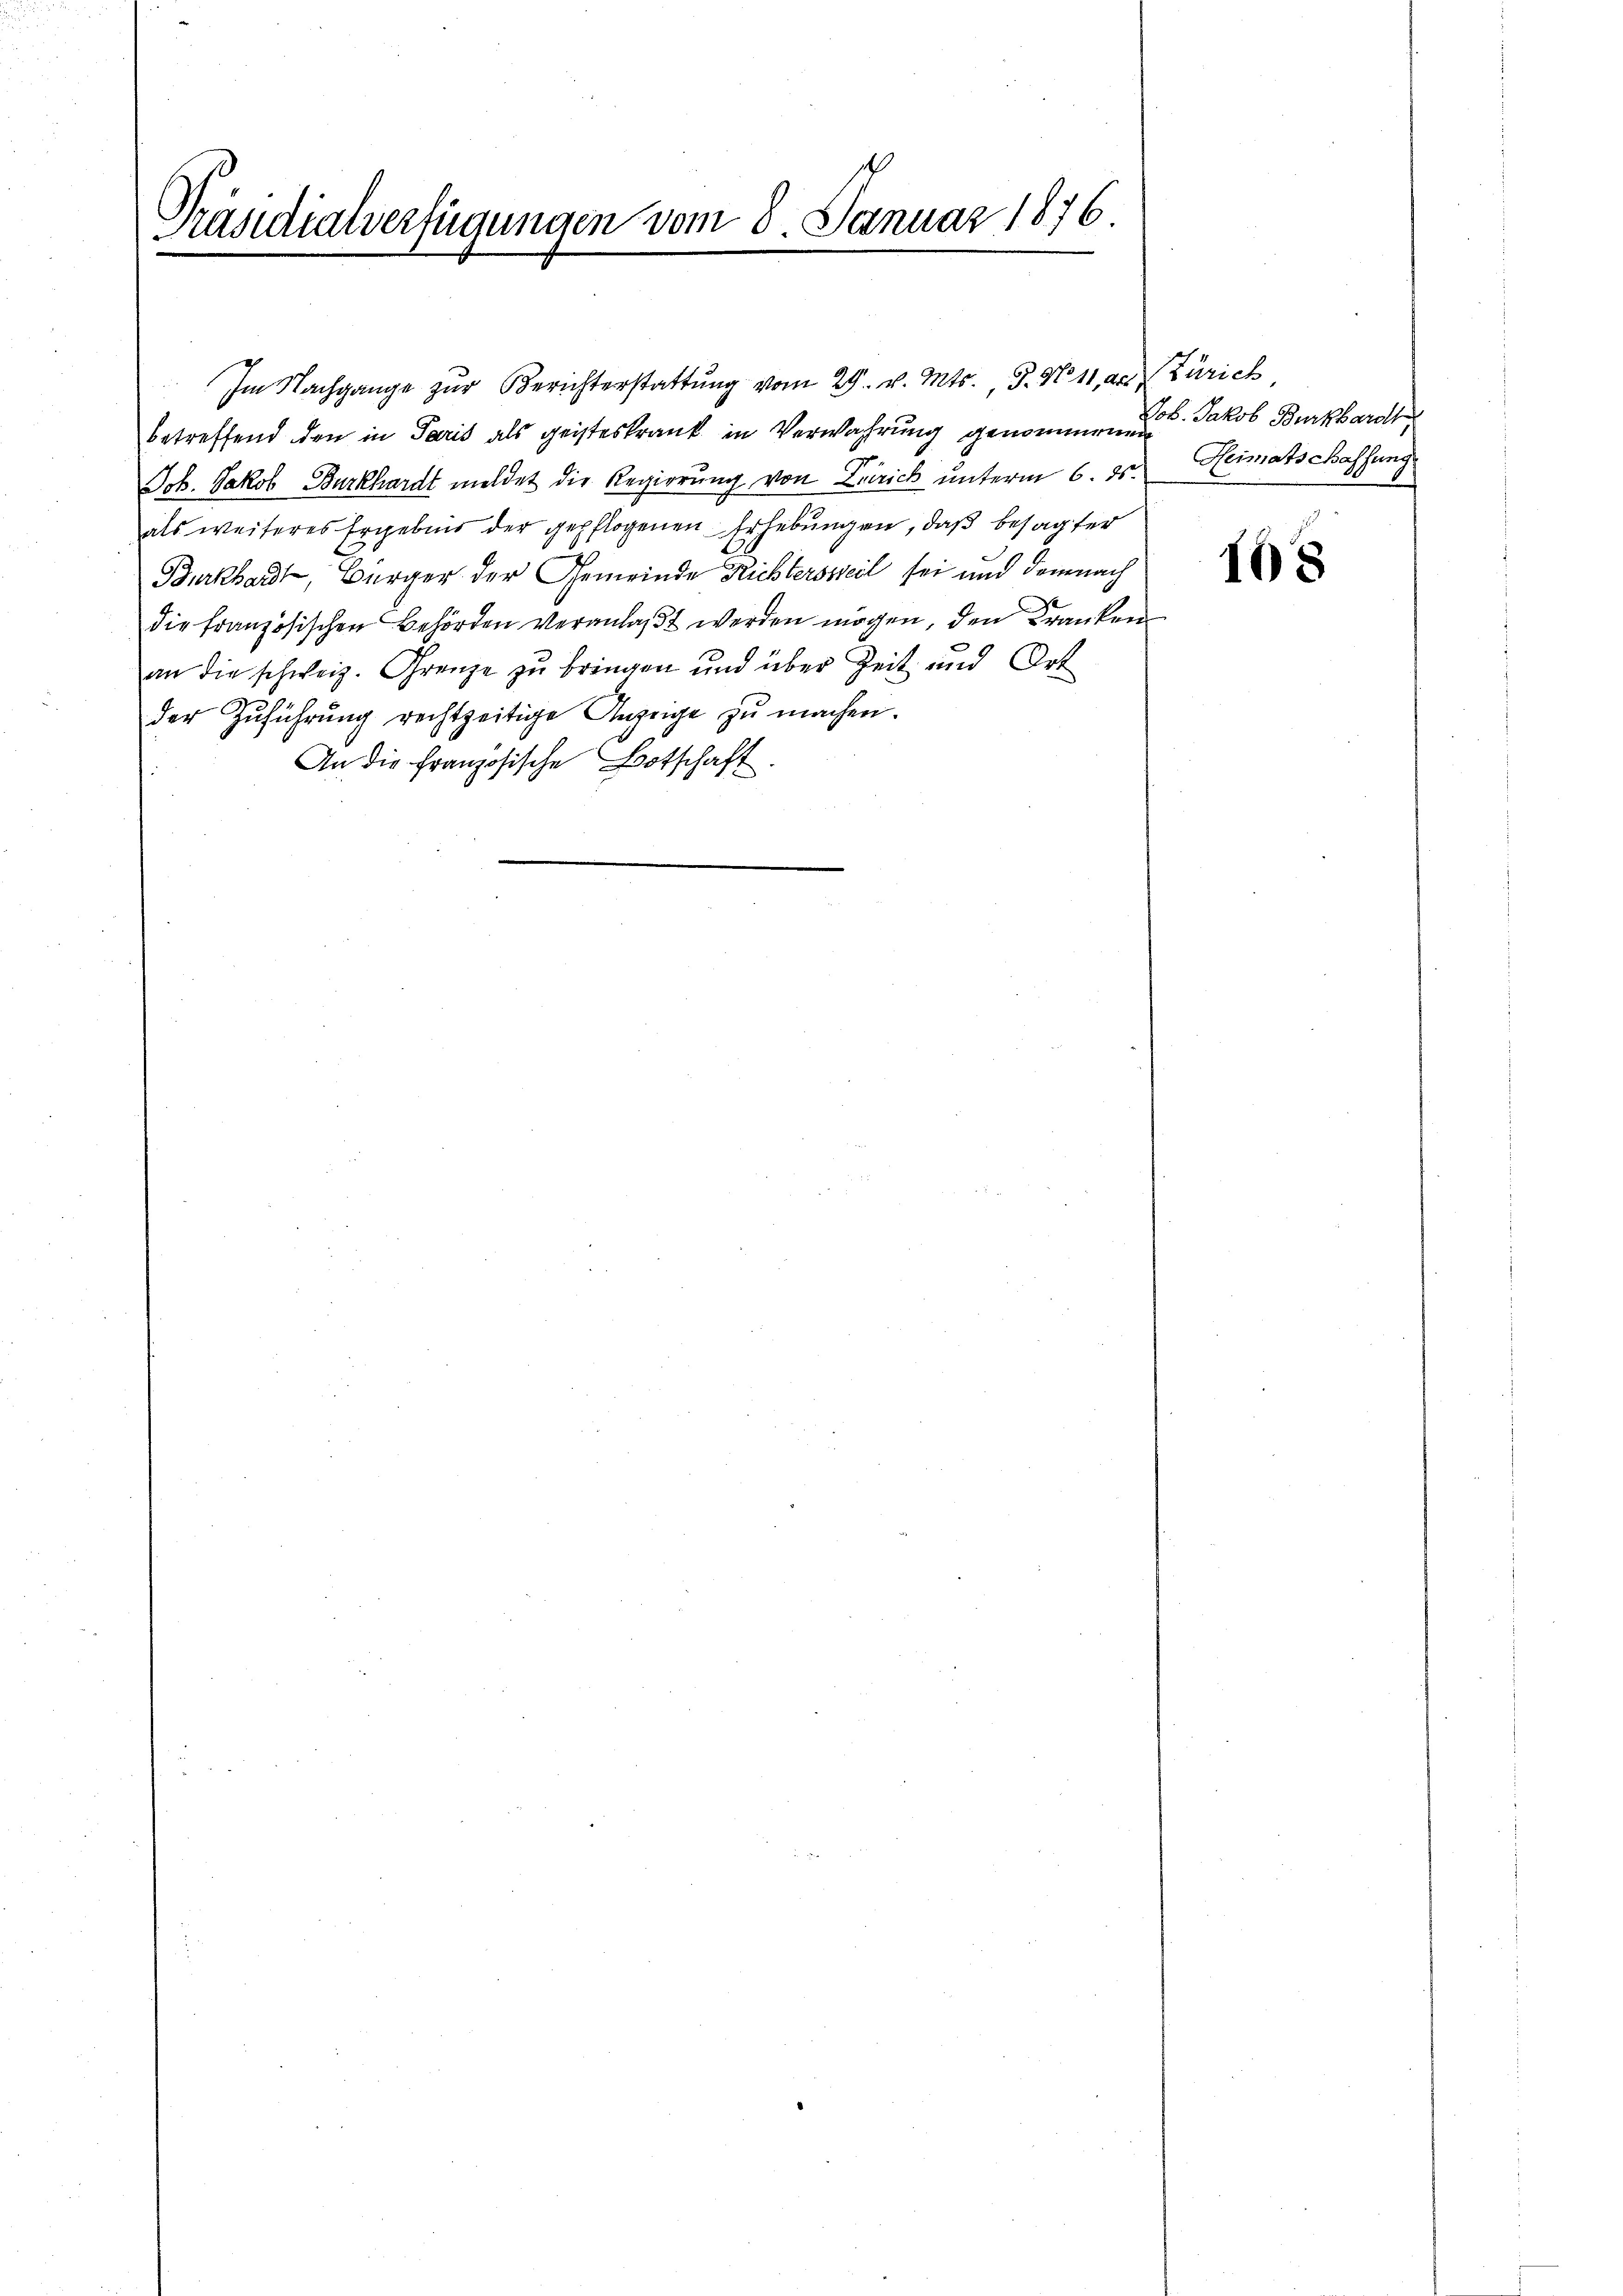
Präsidialverfügungen vom 8. Januar 1876.

betreffend den in Paris als geisteskrank in Verwahrung genommen Jakob Burkhardt
Joh. Jakob Burkhardt meldet die Regierung von Zürich unterm 6. ds. Heimatschaffung
als weiteres Ergebnis der gepflogenen Erhebungen, daß besagter
Burkhardt, Bürger der Gemeinde Richterssteil sei und demnach
die französischen Behörden veranlaßt werden mögen, den Kranken
an die schweiz. Grenze zu bringen und über Zeit und Ort
der Zuführŭng rechtzeitige Anzeige zŭ machen.
An die Französische Botschaft

Im Nachgange zur Berichterstattung vom 29. v. Mts., S. N. 11, aus Zürich

108